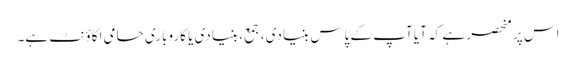
اس پر منحصر ہے کہ آیا آپ کے پاس بنیادی ، جمع ، بنیادی یا کاروباری حامی اکاؤنٹ ہے۔